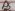
Text: D4